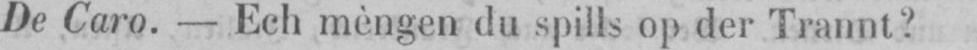
De Caro. - Ech mèngen du spills op der Trannt?